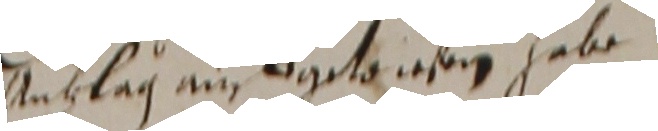
Anblag an bgetauesen habe.